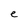
Character: e